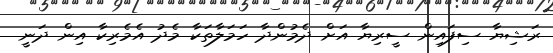
ރަޝިޔާ ސިފައިން ސީރިޔާ އަށް ދެމުންދާ ހަމަލާތަކާ މެދު އެމެރިކާ އިން ދަނީ